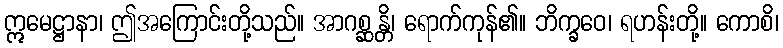
ဣမေဋ္ဌာနာ၊ ဤအကြောင်းတို့သည်။ အာဂစ္ဆန္တိ၊ ရောက်ကုန်၏။ ဘိက္ခဝေ၊ ရဟန်းတို့။ ကောစိ၊